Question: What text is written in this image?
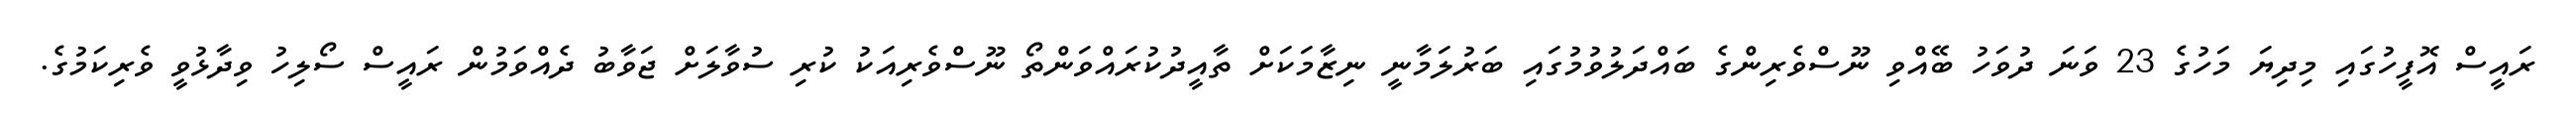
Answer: ރައީސް އޮފީހުގައި މިދިޔަ މަހުގެ 23 ވަނަ ދުވަހު ބޭއްވި ނޫސްވެރިންގެ ބައްދަލުވުމުގައި ބަރުލަމާނީ ނިޒާމަކަށް ތާއީދުކުރައްވަންތޯ ނޫސްވެރިއަކު ކުރި ސުވާލަށް ޖަވާބު ދެއްވަމުން ރައީސް ސޯލިހު ވިދާޅުވީ ވެރިކަމުގެ.